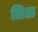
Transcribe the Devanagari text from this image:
लिळ